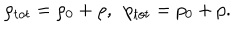
\rho _ { t o t } = \rho _ { 0 } + \rho , \ \ p _ { t o t } = p _ { 0 } + p .